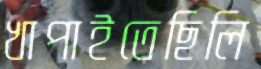
খাপাইতেছিলি